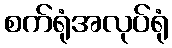
စက်ရုံအလုပ်ရုံ